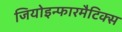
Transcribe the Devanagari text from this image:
जियोइन्फारमैटिक्स